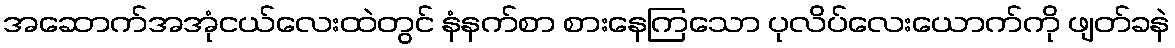
အဆောက်အအုံငယ်လေးထဲတွင် နံနက်စာ စားနေကြသော ပုလိပ်လေးယောက်ကို ဖျတ်ခနဲ